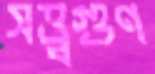
সত্ত্বগুণ